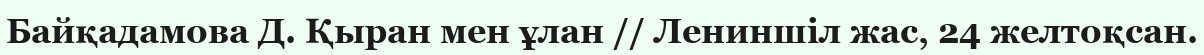
Байқадамова Д. Қыран мен ұлан // Лениншіл жас, 24 желтоқсан.